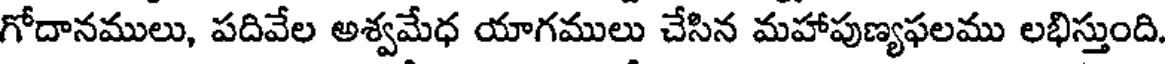
గోదానములు, పదివేల అశ్వమేధ యాగములు చేసిన మహాపుణ్యఫలము లభిస్తుంది